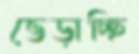
ভেড়াচ্ছি